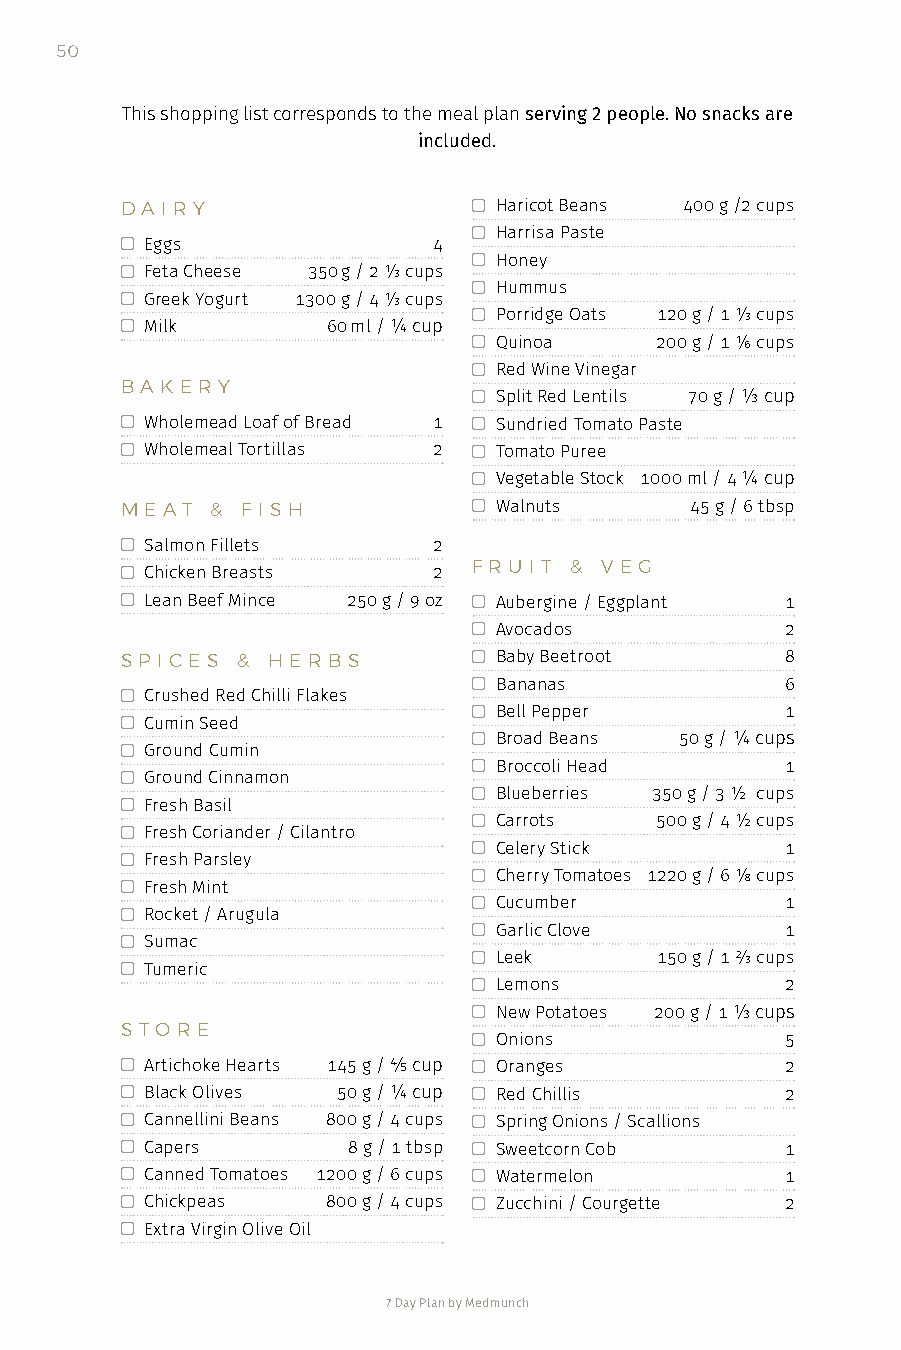
50
 This shopping list corresponds to the meal plan serving 2 people. No snacks are
 included.
 DA I RY                 Haricot Beans 400 g /2 cups
  Eggs               4
  Harrisa Paste
  Feta Cheese 350 g / 2 ⅓ cups
  Honey
  Greek Yogurt 1300 g / 4 ⅓ cups
  Hummus
  Milk        60 ml / ¼ cup
  Porridge Oats 120 g / 1 ⅓ cups
  Quinoa    200 g / 1 ⅙ cups
  Red Wine Vinegar
 B A K ERY
  Split Red Lentils 70 g / ⅓ cup
  Wholemead Loaf of Bread 1  Sundried Tomato Paste
  Wholemeal Tortillas 2  Tomato Puree
  Vegetable Stock 1000 ml / 4 ¼ cup
 M E AT & F I S H        Walnuts      45 g / 6 tbsp
  Salmon Fillets     2
 F R U I T & V EG
  Chicken Breasts    2
  Lean Beef Mince 250 g / 9 oz  Aubergine / Eggplant 1
  Avocados           2
 S P I C E S & H ER B S  Baby Beetroot      8
  Crushed Red Chilli Flakes
  Bananas            6
  Cumin Seed
  Bell Pepper        1
  Ground Cumin
  Broad Beans 50 g / ¼ cups
  Ground Cinnamon
  Broccoli Head      1
  Fresh Basil
  Blueberries 350 g / 3 ½ cups
  Fresh Coriander / Cilantro
  Carrots   500 g / 4 ½ cups
  Fresh Parsley
  Celery Stick       1
  Fresh Mint
  Cherry Tomatoes 1220 g / 6 ⅛ cups
  Rocket / Arugula
  Cucumber           1
  Sumac
  Garlic Clove       1
  Tumeric
  Leek       150 g / 1 ⅔ cups
  Lemons             2
  New Potatoes 200 g / 1 ⅓ cups
 S TO R E
  Onions             5
  Artichoke Hearts 145 g / ⅘ cup  Oranges  2
  Black Olives 50 g / ¼ cup  Red Chillis   2
  Cannellini Beans 800 g / 4 cups  Spring Onions / Scallions
  Capers       8 g / 1 tbsp  Sweetcorn Cob 1
  Canned Tomatoes 1200 g / 6 cups  Watermelon 1
  Chickpeas   800 g / 4 cups  Zucchini / Courgette 2
  Extra Virgin Olive Oil
 7 Day Plan by Medmunch